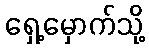
ရှေ့မှောက်သို့